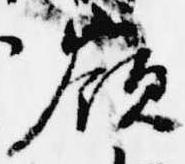
嶺